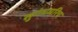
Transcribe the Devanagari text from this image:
सुगंधमरिच